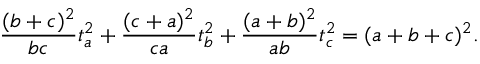
{ \frac { ( b + c ) ^ { 2 } } { b c } } t _ { a } ^ { 2 } + { \frac { ( c + a ) ^ { 2 } } { c a } } t _ { b } ^ { 2 } + { \frac { ( a + b ) ^ { 2 } } { a b } } t _ { c } ^ { 2 } = ( a + b + c ) ^ { 2 } .